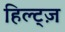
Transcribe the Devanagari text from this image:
हिल्ट्ज़